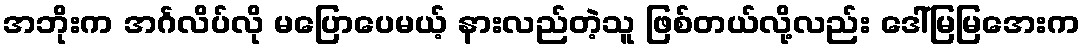
အဘိုးက အင်္ဂလိပ်လို မပြောပေမယ့် နားလည်တဲ့သူ ဖြစ်တယ်လို့လည်း ဒေါ်မြမြအေးက